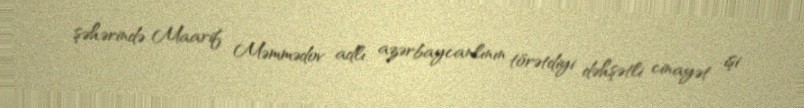
şəhərində Maarif Məmmədov adlı azərbaycanlının törətdiyi dəhşətli cinayət işi